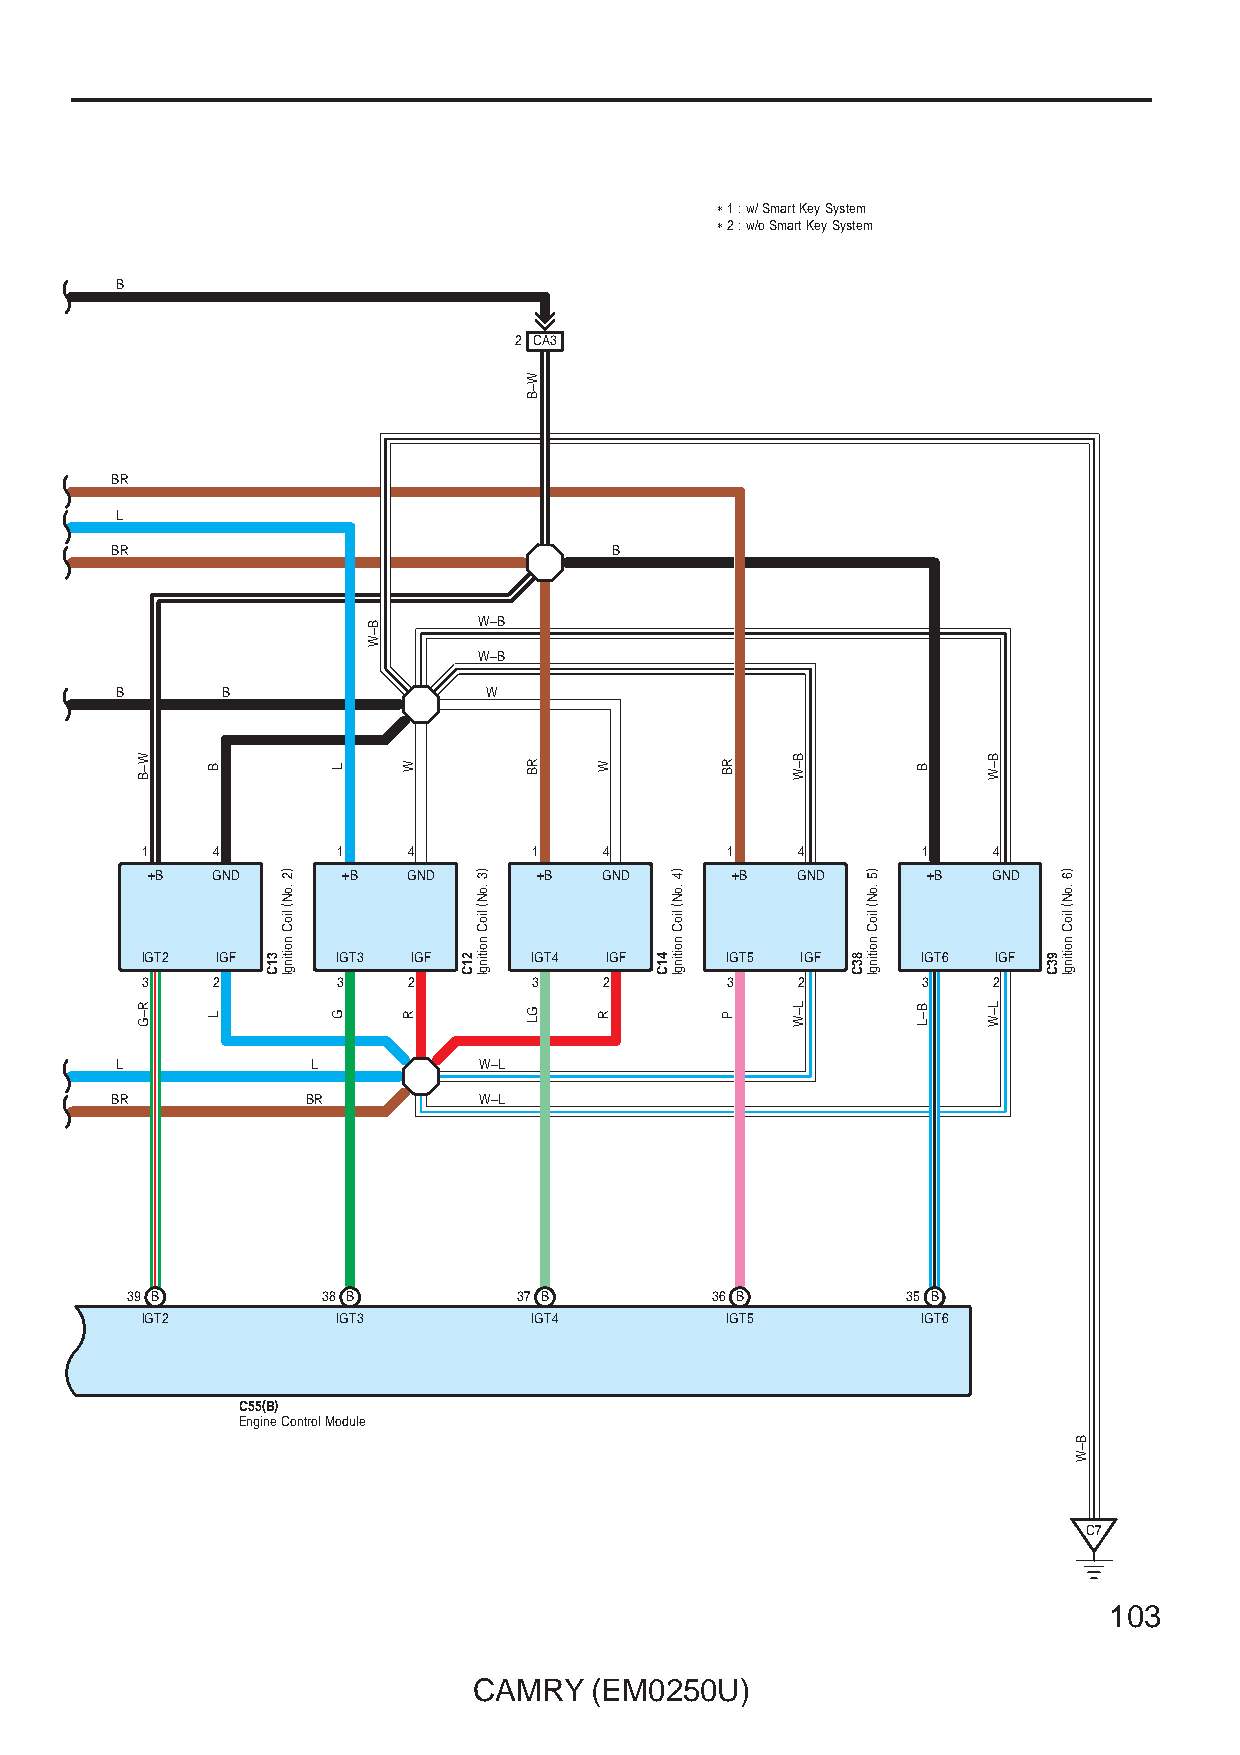
∗ 1 : w/ Smart Key System
 ∗ 2 : w/o Smart Key System
 B
 2 CA3
 BR
 L
 BR                               B
 W–B
 W–B
 B      B                W
 1    4       1    4       1    4       1    4       1    4
 +B  GND      +B  GND      +B  GND     +B   GND     +B   GND
 IGT2 IGF     IGT3 IGF     IGT4 IGF     IGT5 IGF     IGT6 IGF
 3    2       3    2       3    2       3    2       3    2
 L            L          W–L
 BR           BR          W–L
 39 B         38 B         37 B         36 B         35 B
 IGT2         IGT3         IGT4         IGT5         IGT6
 C55(B)
 Engine Control Module
 C7
 103
 CAMRY   (EM0250U)
 W–B
 R–G
 B
 L
 31C
 )2
 .oN(
 lioC
 noitingI
 L
 G
 B–W
 W
 R
 21C
 )3
 .oN(
 lioC
 noitingI
 W–B
 RB
 GL
 W
 R
 41C
 )4
 .oN(
 lioC
 noitingI
 RB
 P
 B–W
 L–W
 83C
 )5
 .oN(
 lioC
 noitingI
 B
 B–L
 B–W
 L–W
 93C
 )6
 .oN(
 lioC
 noitingI
 B–W